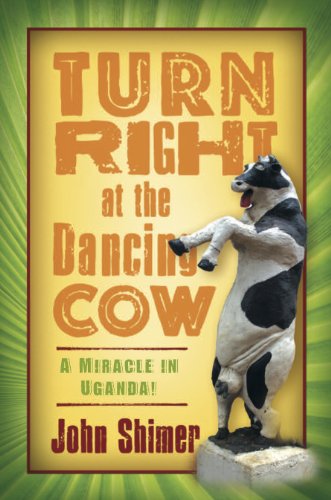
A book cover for Turn Right at the Dancing Cow: A Miracle in Uganda!; John Shimer; Travel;